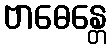
ဗာဓေန္တေ